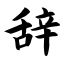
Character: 辞